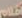
اسلام